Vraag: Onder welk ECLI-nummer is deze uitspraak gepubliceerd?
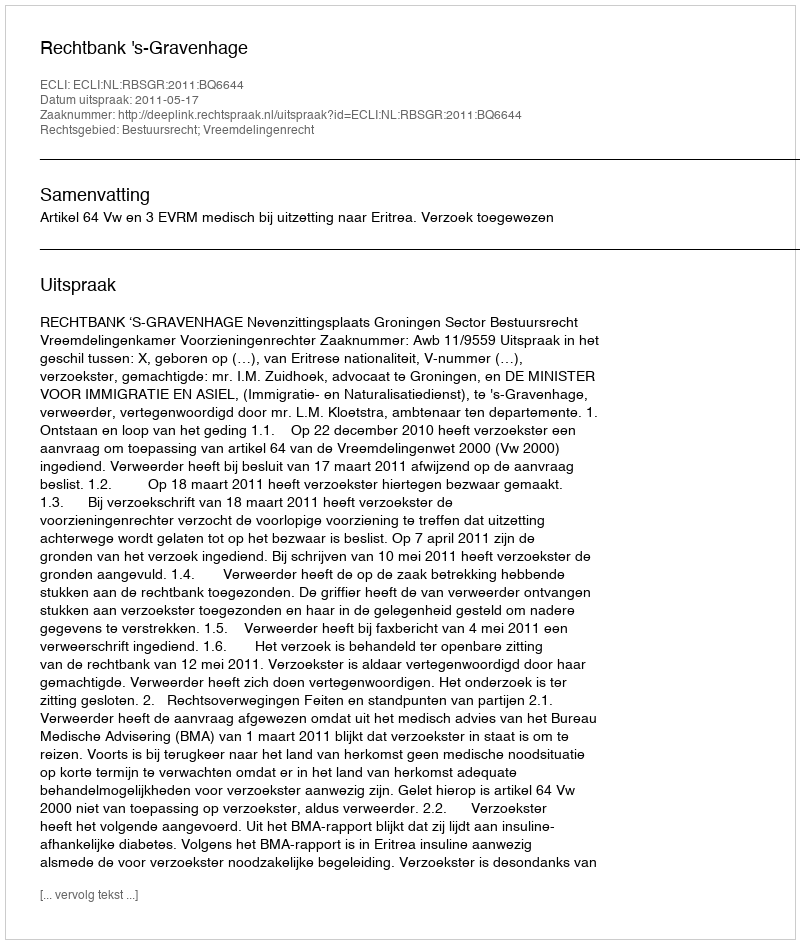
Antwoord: ECLI:NL:RBSGR:2011:BQ6644